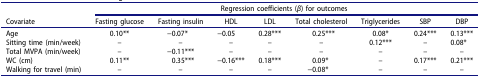
<table><thead><tr><td rowspan="2"><b>Covariate</b></td><td colspan="8"><b>Regression coefficients (<i>β</i>) for outcomes</b></td></tr><tr><td><b>Fasting glucose</b></td><td><b>Fasting insulin</b></td><td><b>HDL</b></td><td><b>LDL</b></td><td><b>Total cholesterol</b></td><td><b>Triglycerides</b></td><td><b>SBP</b></td><td><b>DBP</b></td></tr></thead><tbody><tr><td>Age</td><td>0.10**</td><td>−0.07*</td><td>−0.05</td><td>0.28***</td><td>0.25***</td><td>0.08*</td><td>0.24***</td><td>0.13***</td></tr><tr><td>Sitting time (min/week)</td><td>–</td><td>–</td><td>–</td><td>–</td><td>–</td><td>0.12***</td><td>–</td><td>0.08*</td></tr><tr><td>Total MVPA (min/week)</td><td>–</td><td>−0.11***</td><td>–</td><td>–</td><td>–</td><td>–</td><td>–</td><td>–</td></tr><tr><td>WC (cm)</td><td>0.11**</td><td>0.35***</td><td>−0.16***</td><td>0.18***</td><td>0.09*</td><td>–</td><td>0.17***</td><td>0.21***</td></tr><tr><td>Walking for travel (min)</td><td>–</td><td>–</td><td>–</td><td>–</td><td>−0.08*</td><td>–</td><td>–</td><td>–</td></tr></tbody></table>